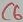
Text: C6